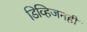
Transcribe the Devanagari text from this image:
डिव्हिजनही